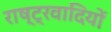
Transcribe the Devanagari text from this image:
राष्‍ट्रवादियों